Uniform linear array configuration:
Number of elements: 24
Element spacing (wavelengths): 0.5
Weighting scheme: hann
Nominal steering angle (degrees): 15
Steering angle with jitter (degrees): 13.948
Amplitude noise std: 0.05
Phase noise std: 0.05

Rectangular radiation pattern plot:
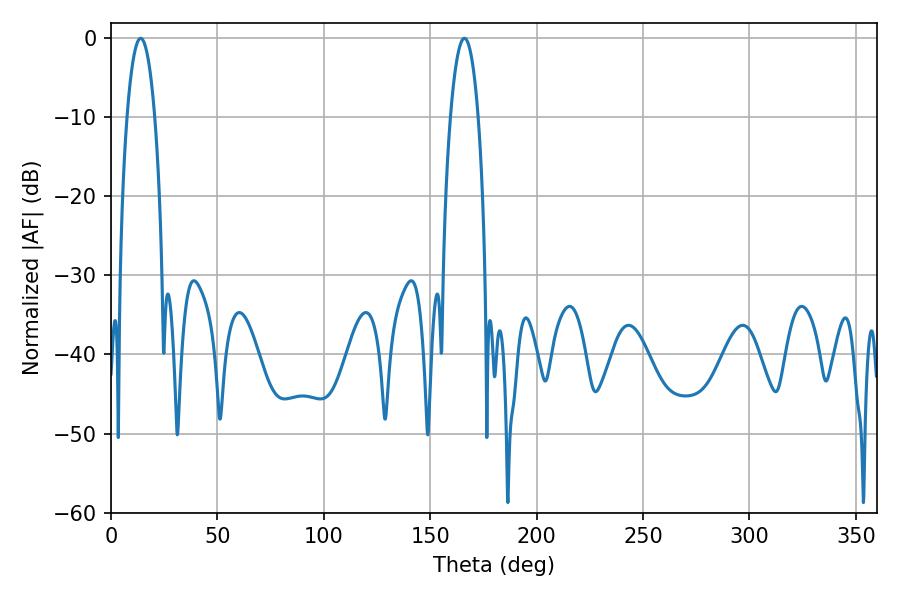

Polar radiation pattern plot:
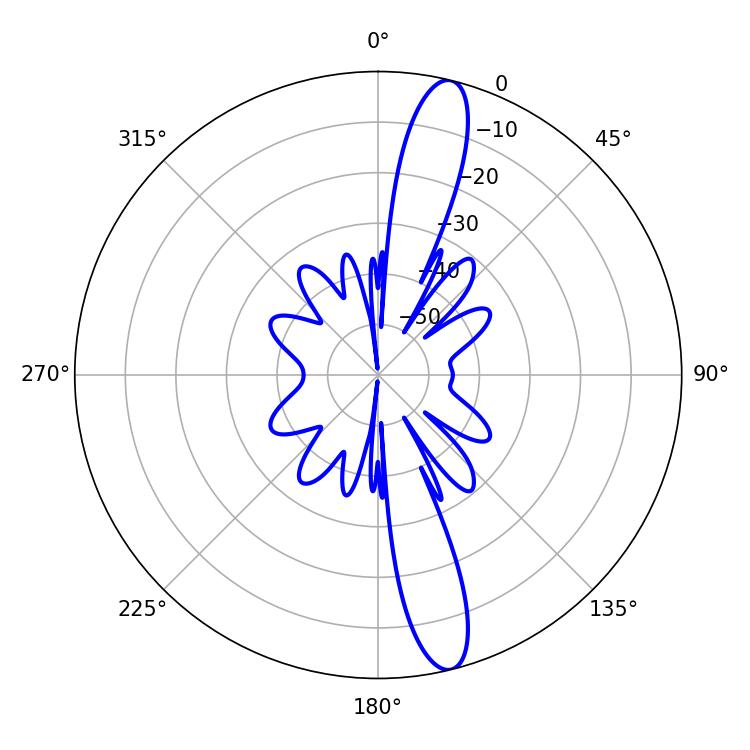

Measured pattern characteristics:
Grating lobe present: FALSE
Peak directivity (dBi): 14.846
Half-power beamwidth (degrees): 7.38
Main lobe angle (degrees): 13.86